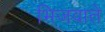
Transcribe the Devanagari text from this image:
भिजवाते